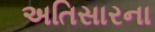
અતિસારના